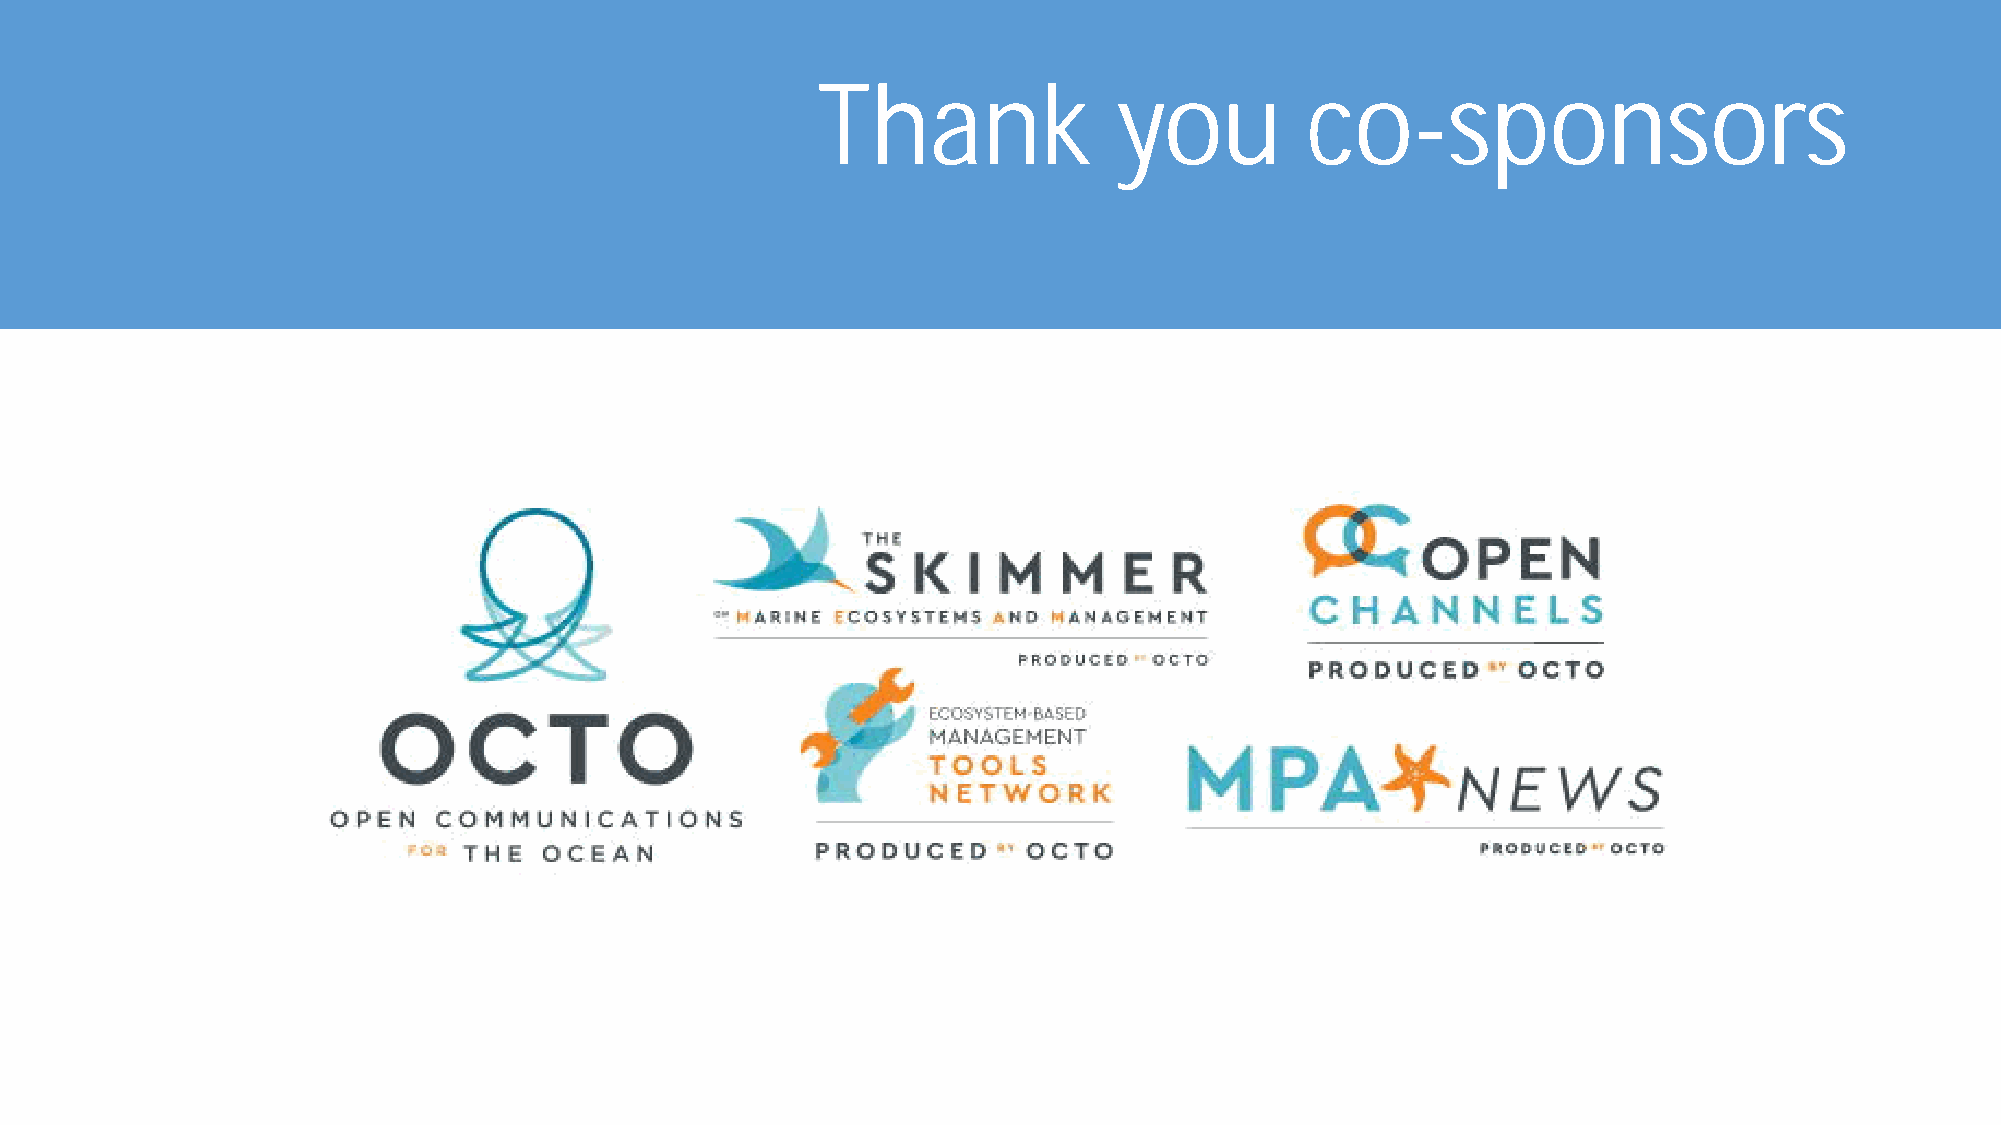
Thank               you         co-sponsors